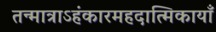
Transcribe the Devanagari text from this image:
तन्मात्राऽहंकारमहदात्मिकायाँ